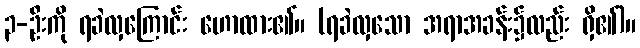
၃-ဦးကို ရခဲလှကြောင်း ဟောထား၏။ (ရခဲလှသော အရာအခန်း၌လည်း ရှိ၏)။